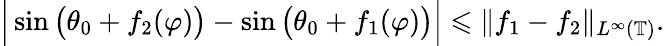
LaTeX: \Big|\sin\big(\theta_{0}+f_{2}(\varphi)\big)-\sin\big(\theta_{0}+f_{1}(\varphi)\big)\Big|\leqslant\| f_{1}-f_{2}\| _{L^{\infty}(\mathbb{T})}.